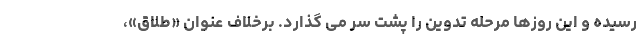
رسیده و این روزها مرحله تدوین را پشت سر می گذارد. برخلاف عنوان «طلاق»،